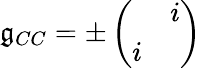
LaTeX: \mathfrak{g}_{CC}=\pm\left(\begin{array}{cc}{{}}&{{i}}\\ {{i}}&{{}}\end{array}\right)